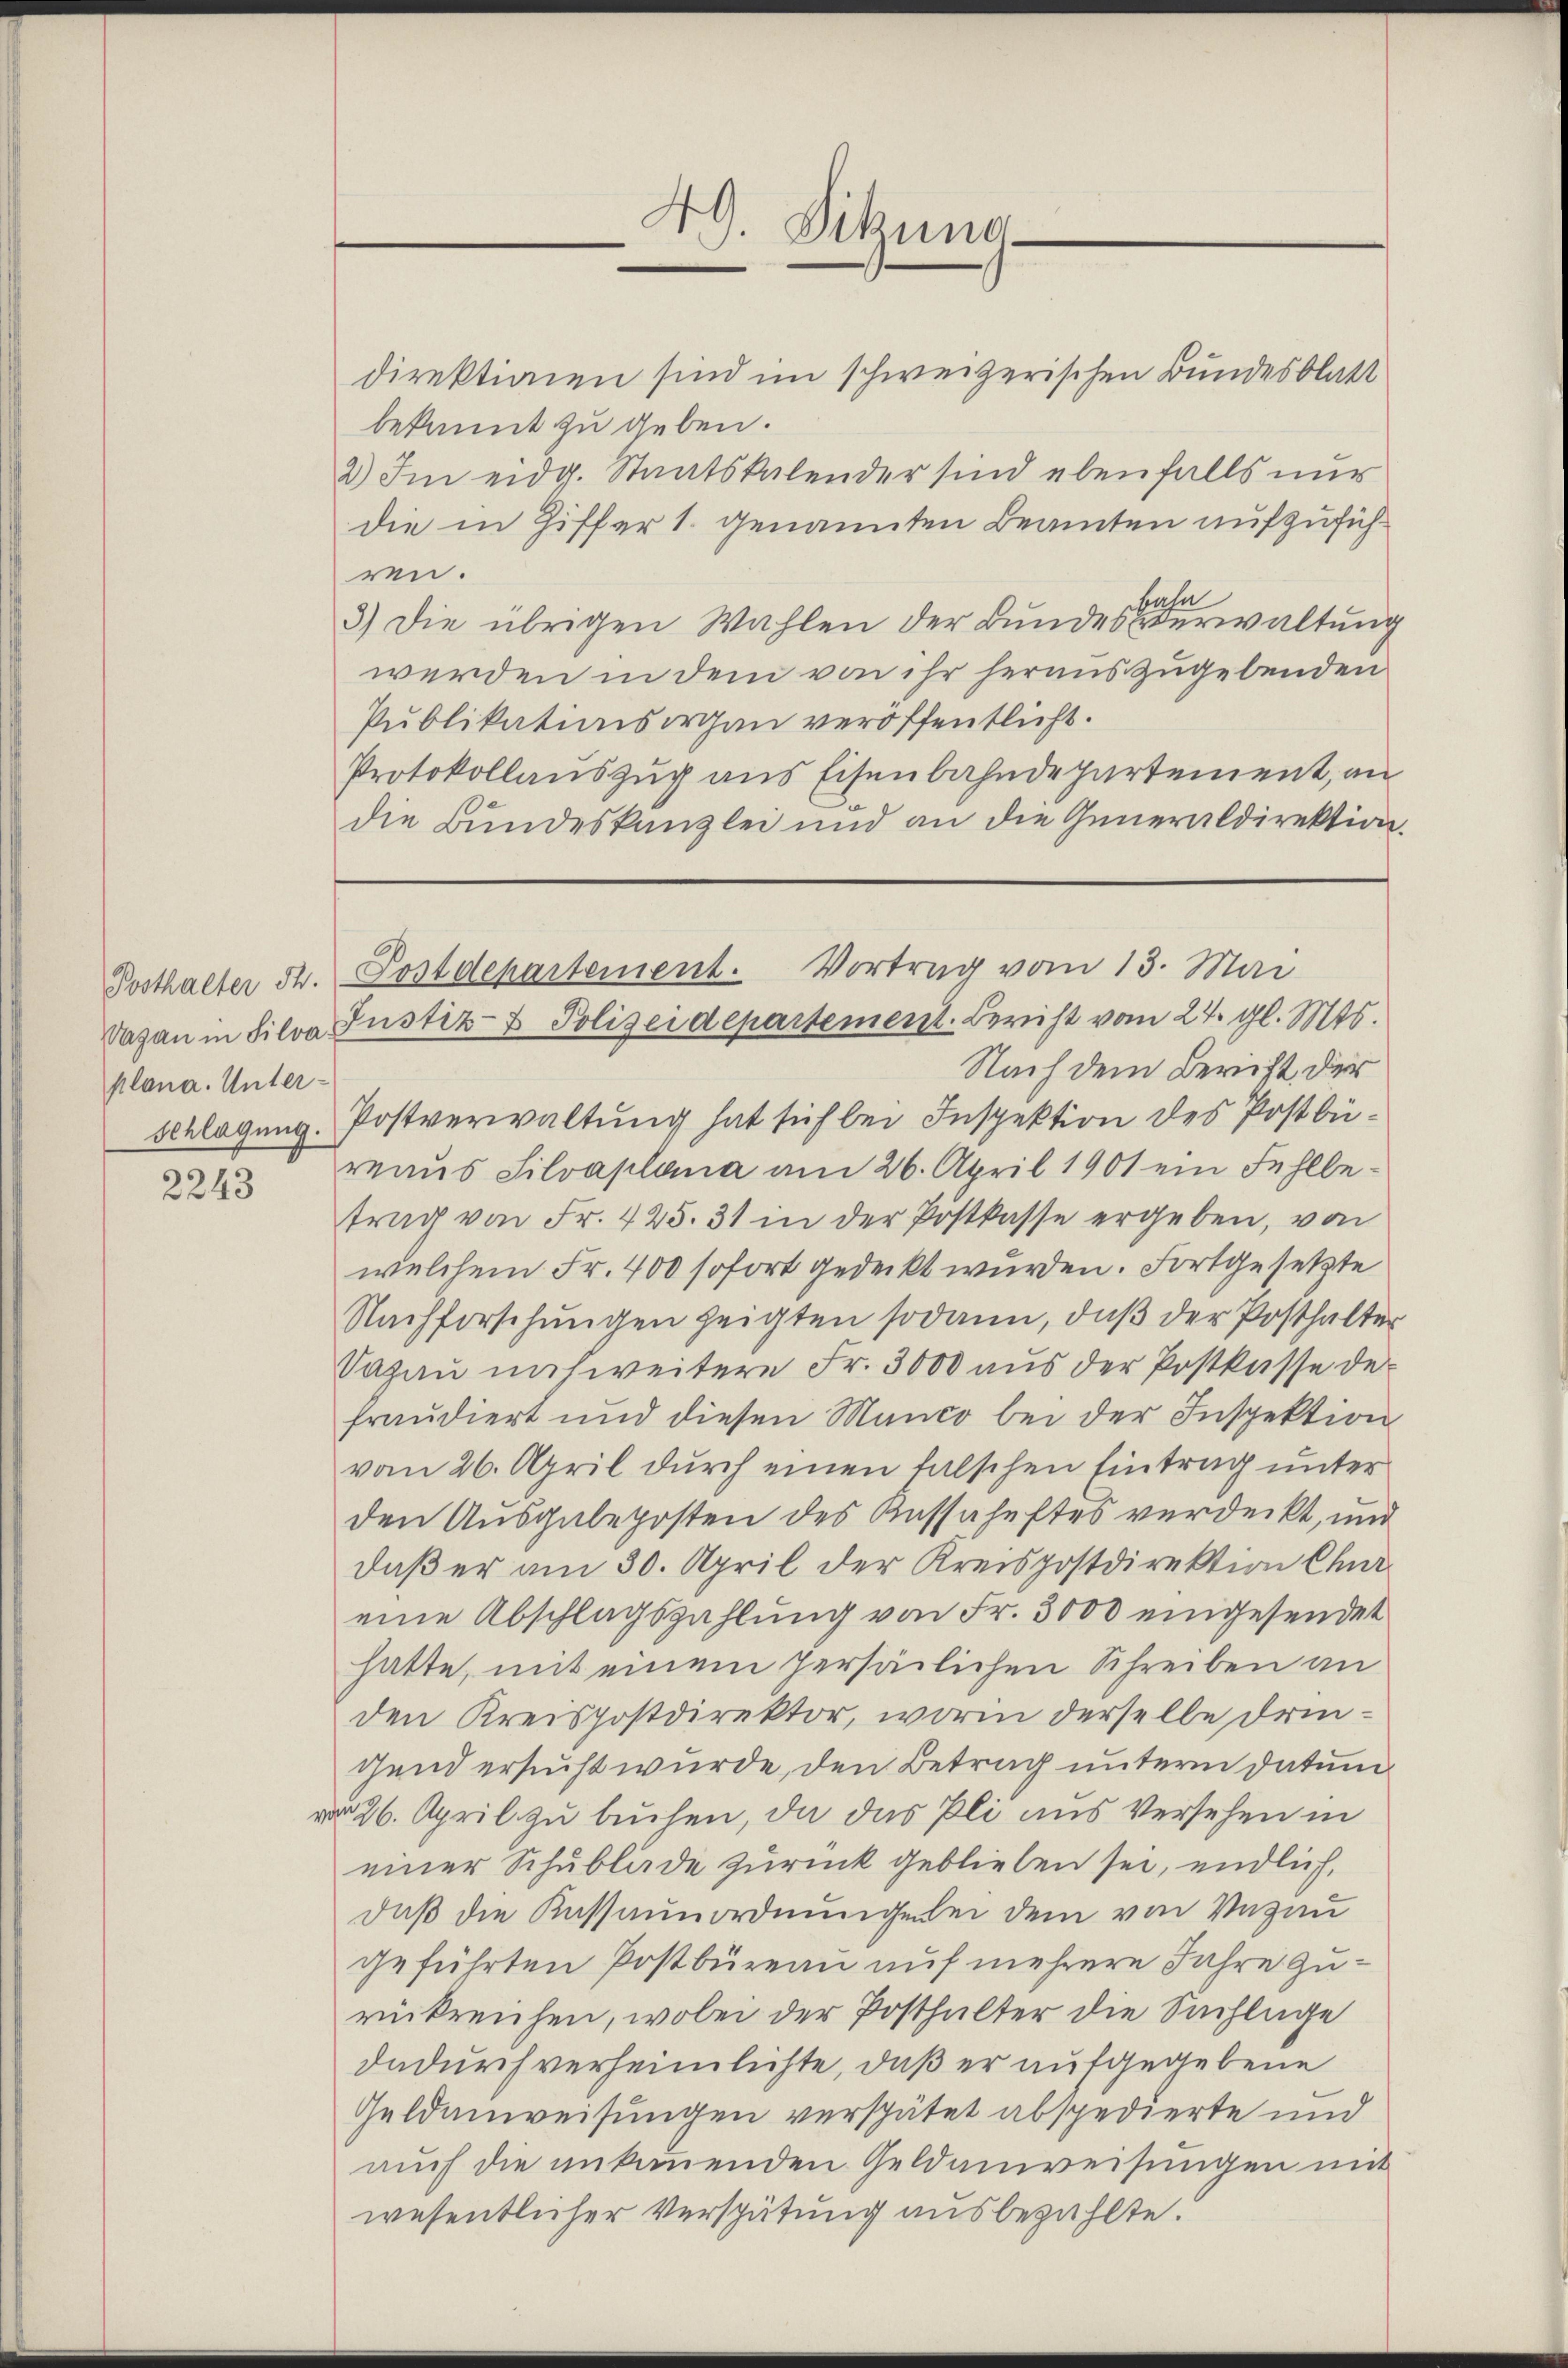
plana. Unter¬

direktionen sind im schweizerischen Bundesblatt
bekannt zu geben.
2) Im eidg. Staatskalender sind ebenfalls nur
die in Ziffer 1. genannten Beamten aufzuführen.
bahn
3) Die übrigen Wahlen der Bundesverwaltung
werden in dem von ihr herauszugebenden
Publikationsorgan veröffentlicht.
Protokollauszug aus Eisenbahndepartement, an
die Bundeskanzlei und an die Generaldirektion.

49. Dikung

Posthalter St. Postdepartement. Vortrag vom 13. Mai
Vagan in Silva Justiz- & Polizeidepartement. Bericht vom 24. gl. Mts.

Nach dem Bericht der
Anlagung. Postverwaltung hat sich bei Inspektion des Postbü¬
2242 raus Silvaplana am 26. April 1901 ein Fehlbetrag von Fr. 425. 31 in der Postkasse ergeben, von
welchem Fr. 400 sofort gedeckt wurden. Fortgesetzte
Nachforschŭngen zeigten sodann, daβ der Posthalter
Sagau noch weitere Fr. 3000 aus der Postkasse de
fraudiert und diesen Manco bei der Inspektion
vom 26. April durch einen falschen Eintrag unter
den Ausgabeposten des Kassaheftes verdeckt, und
daβ er am 30. April der Kreispostdirektion Chur
eine Abschlagszahlung von Fr. 3000 eingesendet
hatte, mit einem persönlichen Schreiben an
den Kreispostdirektor, worin derselbe dringend ersucht wurde, den Betrag unterm Datum
vo 26. April zu buchen, da das Pli aus Versehen in
einer Schublade zurück geblieben sei, endlich,
daß die Kassaunordnungelei dem von Vazau
geführten Postbüreau auf mehrere Jahre zurückreichen, wobei der Posthalter die Sachlage
dadurch verheimlichte, daß er aufgegebene
Geldenweisungen verspätet abspedierte und
aŭch die ankoṁenden Geldanweisungen mit
wesentlicher Verspütung ausbezahlte.